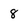
Character: 8